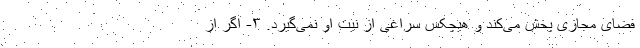
فضای مجازی پخش می‌کند و هیچکس سراغی از نیت او نمی‌گیرد. ۳- اگر از